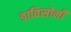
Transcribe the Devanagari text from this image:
डाविसोनी